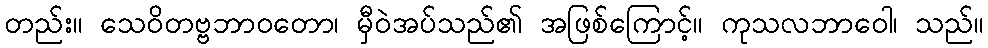
တည်း။ သေဝိတဗ္ဗဘာဝတော၊ မှီဝဲအပ်သည်၏ အဖြစ်ကြောင့်။ ကုသလဘာဝေါ၊ သည်။